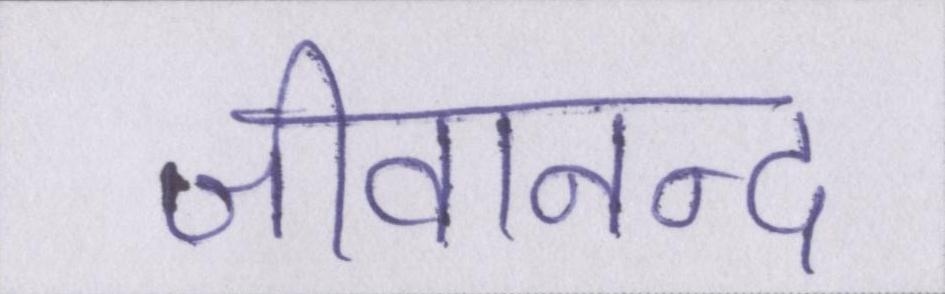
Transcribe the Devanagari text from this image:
जीवानन्द